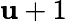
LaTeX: \mathbf{u}+1